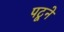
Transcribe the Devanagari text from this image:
पटूने